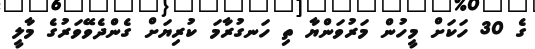
ގެ 30 ހަކަށް މީހުން މަރުވަންޔާ ތި ހަނގުރާމަ ކުރިޔަށް ގެންދެވޭވަރުގެ މާލީ